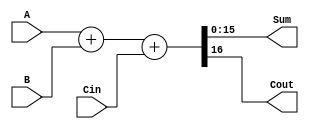
`timescale 1ns / 1ps
//////////////////////////////////////////////////////////////////////////////////
// Company: 
// Engineer: 
// 
// Design Name: 
// Module Name: sixteen_bit_adder
// Project Name: 
// Target Devices: 
// Tool Versions: 
// Description: 
// 
// Dependencies: 
// 
// Revision:
// Revision 0.01 - File Created
// Additional Comments:
// 
//////////////////////////////////////////////////////////////////////////////////


module sixteen_bit_adder(Sum,Cout,A,B,Cin);

input [15:0]A,B;
input Cin;
output [15:0]Sum;
output Cout;

assign {Cout,Sum}=A+B+Cin;




endmodule